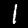
Label: 1